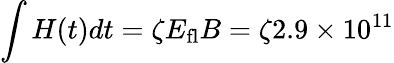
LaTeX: \int H(t)dt=\zeta E_{\mathrm{fl}}B=\zeta 2.9\times 10^{11}